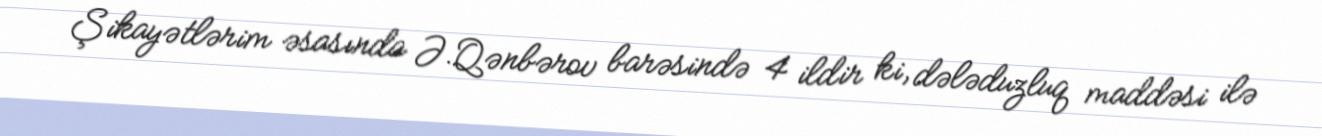
Şikayətlərim əsasında Ə.Qənbərov barəsində 4 ildir ki, dələduzluq maddəsi ilə